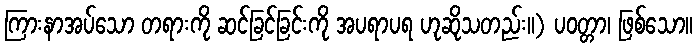
ကြားနာအပ်သော တရားကို ဆင်ခြင်ခြင်းကို အပရာပရ ဟုဆိုသတည်း။) ပဝတ္တာ၊ ဖြစ်သော။